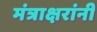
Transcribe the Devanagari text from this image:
मंत्राक्षरांनी